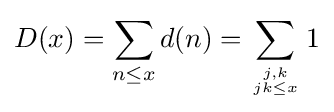
D(x)=\sum _{n\leq x}d(n)=\sum _{j,k \atop jk\leq x}1